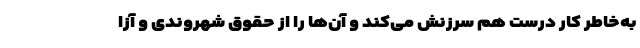
به‌خاطر کار درست هم سرزنش می‌کند و آن‌ها را از حقوق شهروندی و آزا